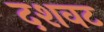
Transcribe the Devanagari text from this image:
दशवट